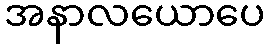
အနာလယောပေ